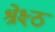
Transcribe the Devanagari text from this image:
श्रेक्ष्ठ